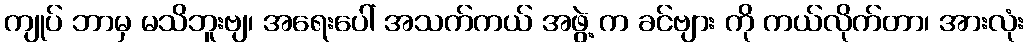
ကျုပ် ဘာမှ မသိဘူးဗျ၊ အရေးပေါ် အသက်ကယ် အဖွဲ့ က ခင်ဗျား ကို ကယ်လိုက်တာ၊ အားလုံး